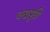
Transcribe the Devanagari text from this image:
चन्द्रपुरी